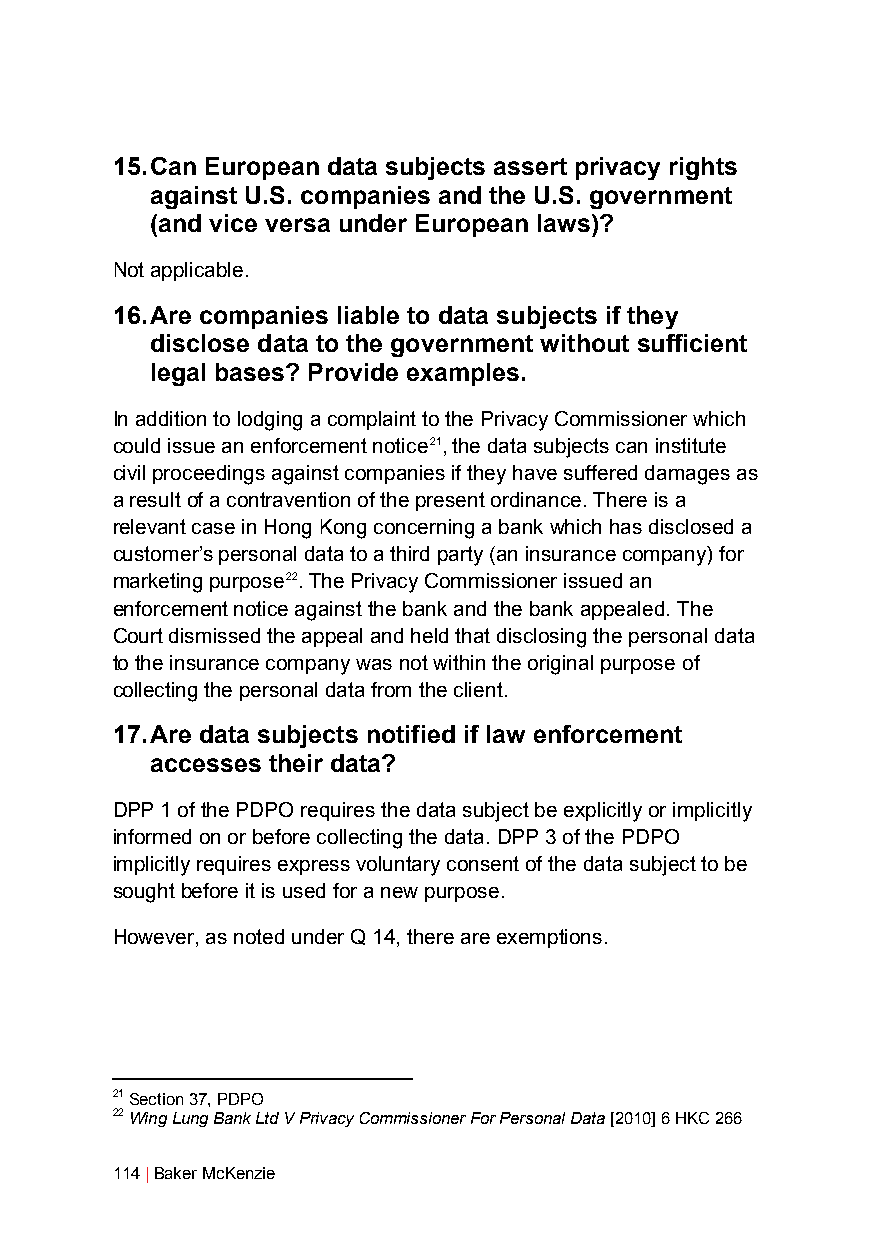
15. Can European data subjects assert privacy rights
 against U.S. companies and the U.S. government
 (and vice versa under European laws)?
 Not applicable.
 16. Are companies liable to data subjects if they
 disclose data to the government without sufficient
 legal bases? Provide examples.
 In addition to lodging a complaint to the Privacy Commissioner which
 could issue an enforcement notice21, the data subjects can institute
 civil proceedings against companies if they have suffered damages as
 a result of a contravention of the present ordinance. There is a
 relevant case in Hong Kong concerning a bank which has disclosed a
 customer’s personal data to a third party (an insurance company) for
 marketing purpose22. The Privacy Commissioner issued an
 enforcement notice against the bank and the bank appealed. The
 Court dismissed the appeal and held that disclosing the personal data
 to the insurance company was not within the original purpose of
 collecting the personal data from the client.
 17. Are data subjects notified if law enforcement
 accesses their data?
 DPP 1 of the PDPO requires the data subject be explicitly or implicitly
 informed on or before collecting the data. DPP 3 of the PDPO
 implicitly requires express voluntary consent of the data subject to be
 sought before it is used for a new purpose.
 However, as noted under Q 14, there are exemptions.
 21 Section 37, PDPO
 22 Wing Lung Bank Ltd V Privacy Commissioner For Personal Data [2010] 6 HKC 266
 114 | Baker McKenzie